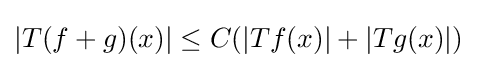
|T(f+g)(x)|\leq C(|Tf(x)|+|Tg(x)|)